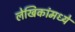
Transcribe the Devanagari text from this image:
लेखिकांमध्ये